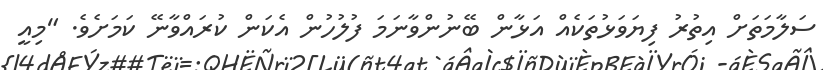
ސަލާމަތަށް އިތުރު ފިޔަވަޅުތަކެއް އަޅާން ބޭނުންވާނަމަ ފުލުހުން އެކަން ކުރައްވާނޭ ކަމަށެވެ. "މިއީ